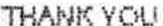
THANK YOU